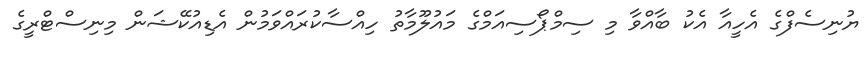
ޔުނިސެފްގެ އެހީއާ އެކު ބާއްވާ މި ސިމްޕޯސިއަމްގެ މައުލޫމާތު ހިއްސާކުރައްވަމުން އެޑިއުކޭޝަން މިނިސްޓްރީގެ